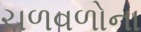
ચળવળોના